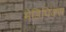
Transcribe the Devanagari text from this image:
मेडिपिक्स